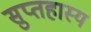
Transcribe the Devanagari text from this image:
सुप्तहास्य